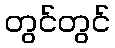
တွင်တွင်